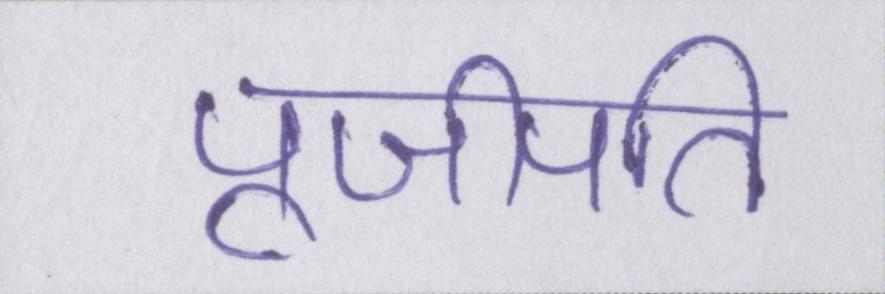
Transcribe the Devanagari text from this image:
पूजीपति